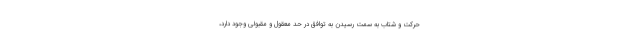
حرکت و شتاب به سمت رسیدن به توافق در حد معقول و مقبولی وجود دارد،